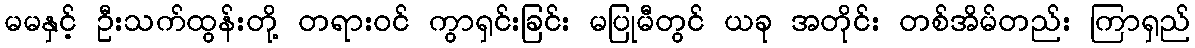
မမနှင့် ဦးသက်ထွန်းတို့ တရားဝင် ကွာရှင်းခြင်း မပြုမီတွင် ယခု အတိုင်း တစ်အိမ်တည်း ကြာရှည်